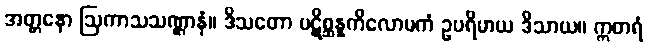
အတ္တနော ဩကာသသဏ္ဌာနံ။ ဒိသတော ပဋိစ္ဆန္နကိလောမကံ ဥပရိမာယ ဒိသာယ။ ဣတရံ